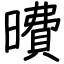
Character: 曊